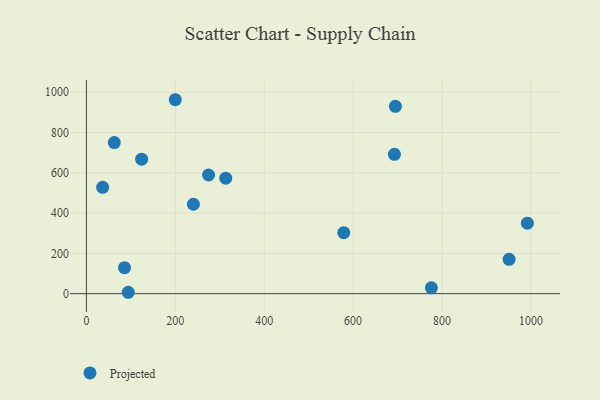
{"axis": {"x": "Investment", "y": "Demand"}, "legend": ["Projected"], "data": [{"x": "313.5", "y": 573.1, "type": "Projected"}, {"x": "274.8", "y": 588.8, "type": "Projected"}, {"x": "693.0", "y": 691.7, "type": "Projected"}, {"x": "62.8", "y": 750.0, "type": "Projected"}, {"x": "776.1", "y": 29.0, "type": "Projected"}, {"x": "240.7", "y": 443.8, "type": "Projected"}, {"x": "199.9", "y": 962.5, "type": "Projected"}, {"x": "124.3", "y": 667.5, "type": "Projected"}, {"x": "94.1", "y": 6.9, "type": "Projected"}, {"x": "992.1", "y": 349.8, "type": "Projected"}, {"x": "695.2", "y": 929.8, "type": "Projected"}, {"x": "85.8", "y": 128.9, "type": "Projected"}, {"x": "579.0", "y": 302.5, "type": "Projected"}, {"x": "951.0", "y": 170.6, "type": "Projected"}, {"x": "36.5", "y": 527.7, "type": "Projected"}]}